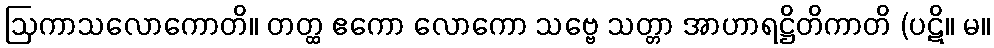
ဩကာသလောကောတိ။ တတ္ထ ဧကော လောကော သဗ္ဗေ သတ္တာ အာဟာရဋ္ဌိတိကာတိ (ပဋိ။ မ။